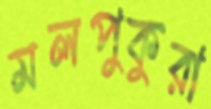
মলপুকুরা